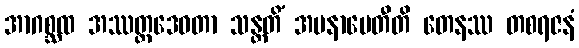
အာဂစ္ဆထ အဿတ္ထဒေဝတာ သန္တတိံ အပနာမေတီတိ တေနဿ တစရဇနံ